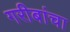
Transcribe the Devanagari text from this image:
गरीबांचा